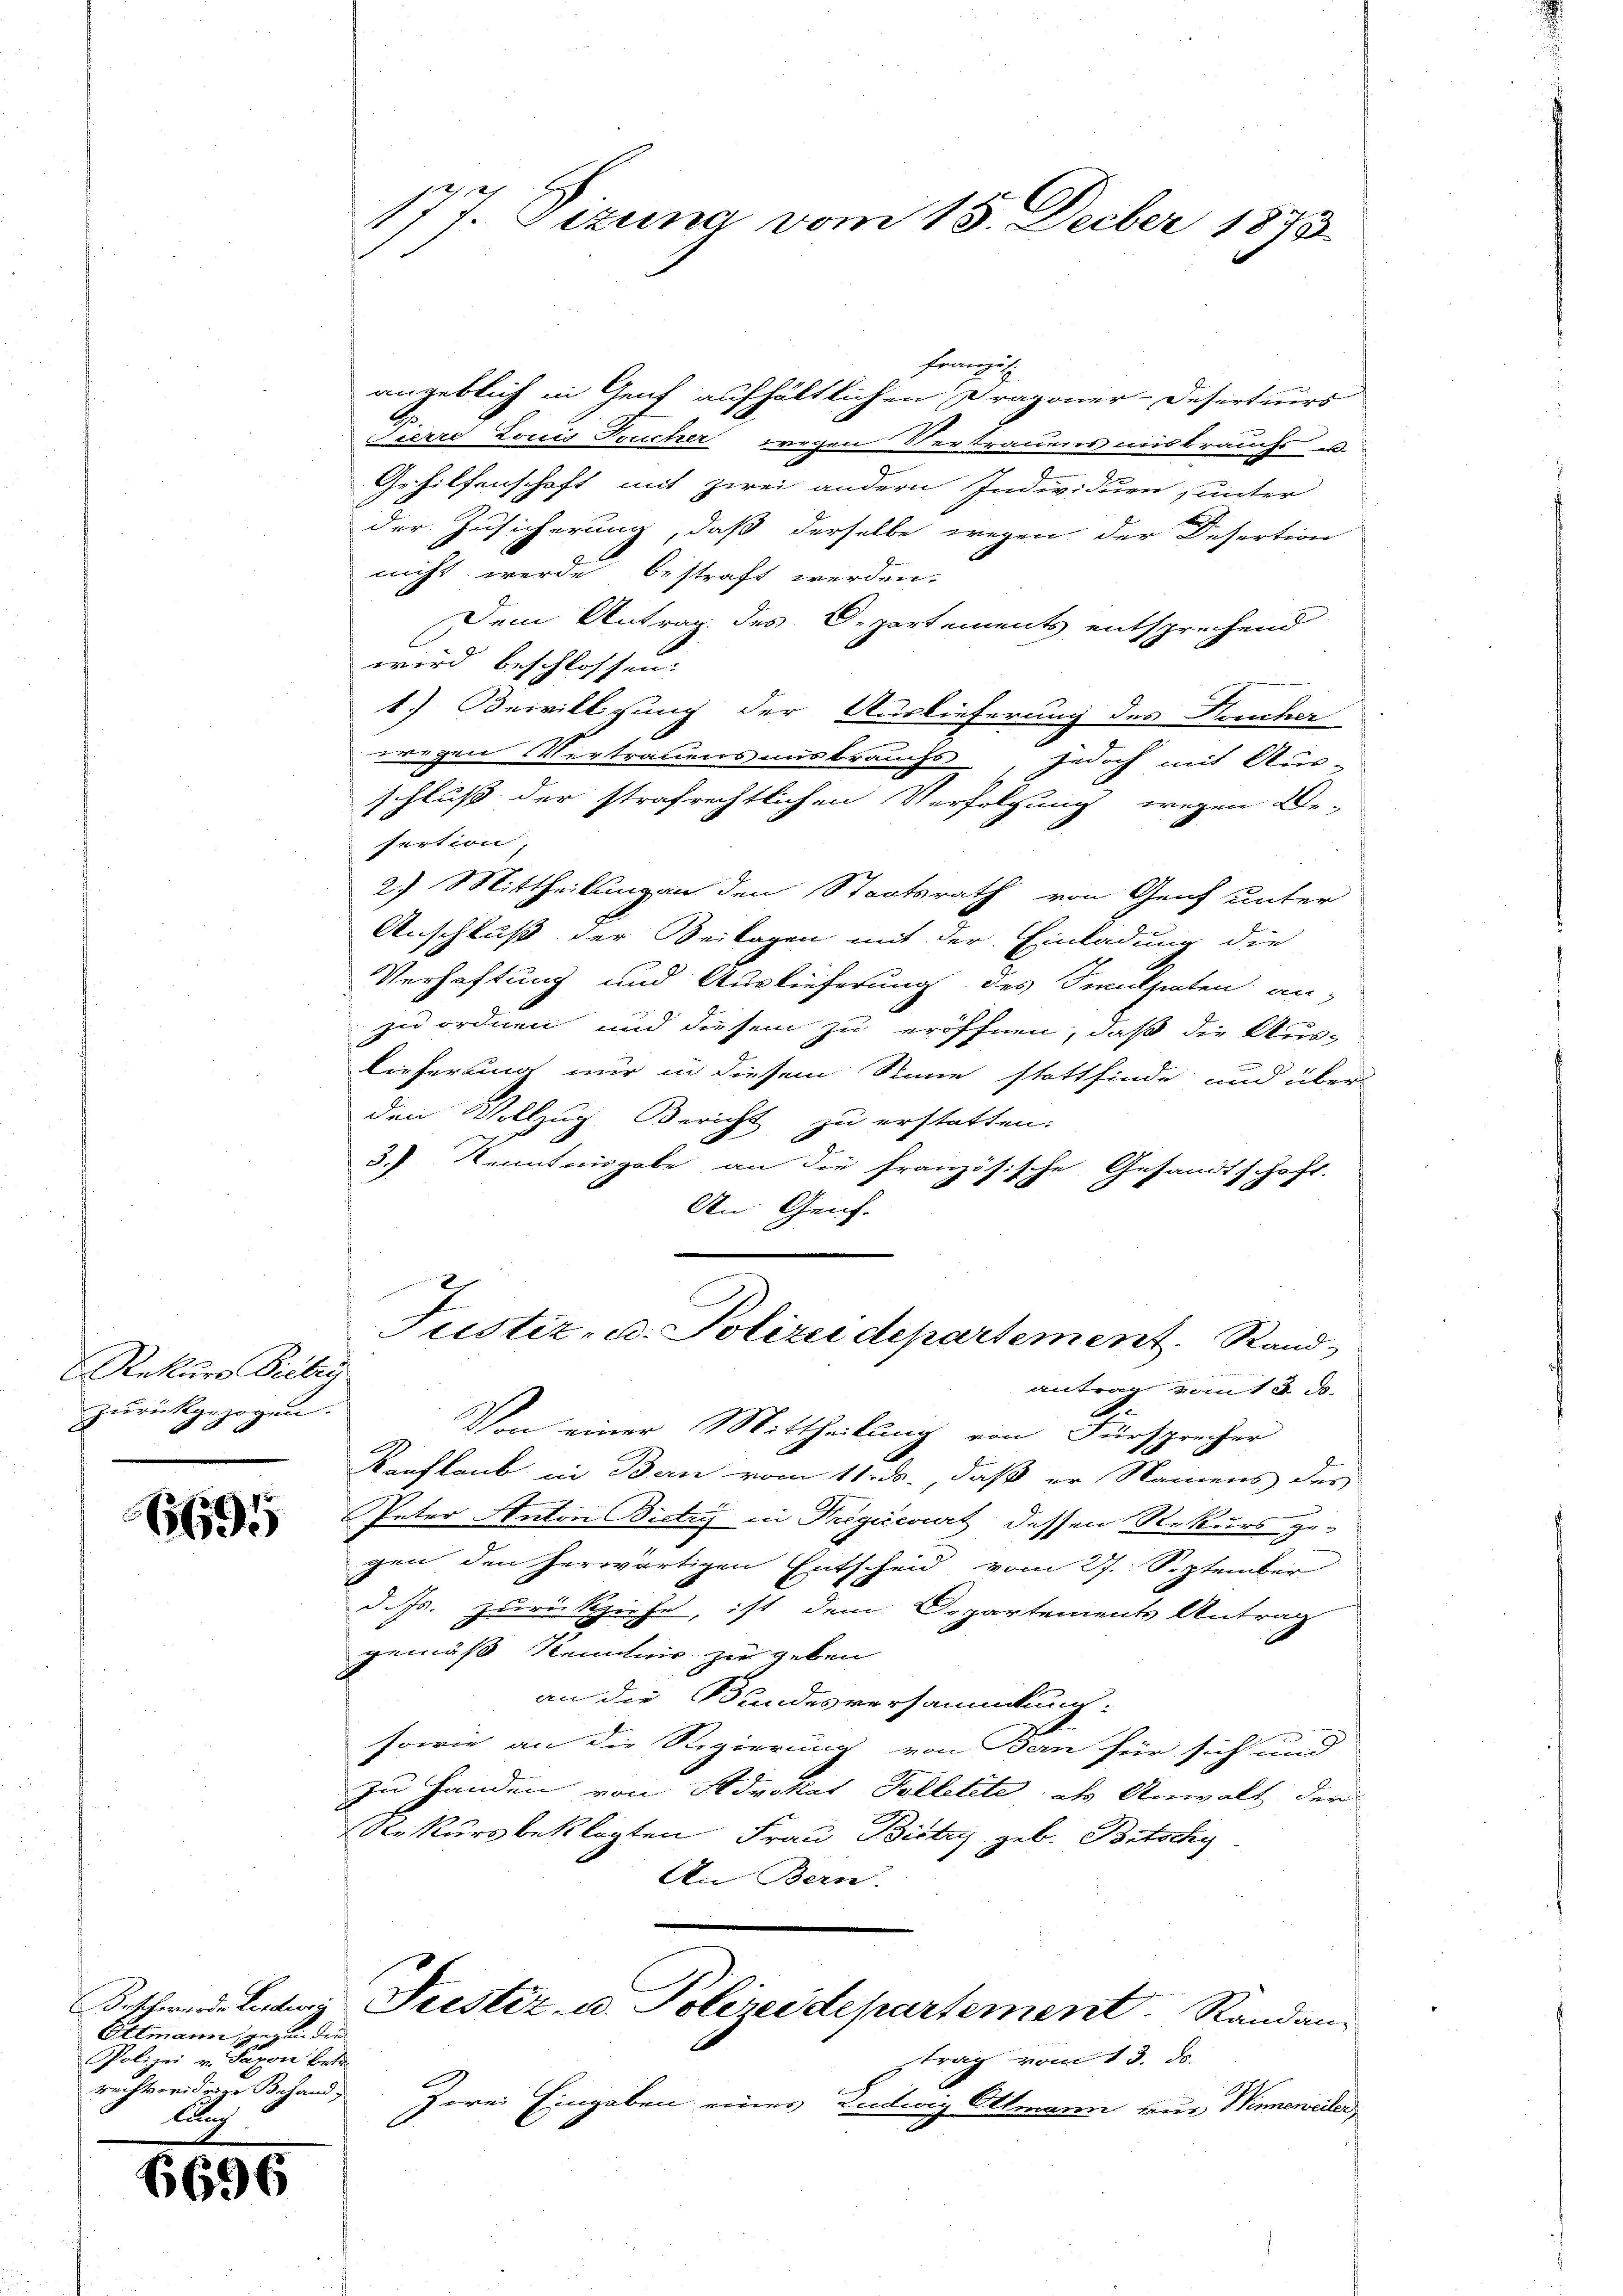
Rekurs Siebei
zurückgezogen.

1591

6696

177. Sizung vom 18. Decber 1873

Ettmann, gegen den
Polizei, Baron betr.
rachterideren Behand¬
Auch

Französ.
angeblich in Genf aufhältlichen Dragoner-Deserteurs
Sierre Louis Tucher wegen Vertrauens ausbrauchs u
.
Gehilfenschaft mit zwei andern Individuen unter
der Zusicherung, daß derselbe wegen der Desertion
nicht werde bestraft werden.
Dem Antrag des Departements entsprechend
wird beschlossen:
1) Bewilligung der Auslieferung des Frucher
wegen Vertrauensausbrauchs, jedoch mit Aus-
schluß der strafrechtlichen Verfolgung wegen Be-
fertion,
2) Mittheilung an den Staatsrath von Genf unter
Anschluß der Beilagen mit der Einladung die
Verhaftung und Auslieferung des Smutheten an-
zu ordnen und diesem zu eröffnen, daß die Aus-
lieferung nur in diesem Stimme stattfinde und über
den Vollzug Bericht zu erstatten.
3.) Kenntnisgabe an die französische Gesandtschaft.
An Genf.
Justiz- u. Polizei departement. Stand,
antrag vom 18. d.
Von einer Mittheilung von Fürsprecher
f
Kauflaub in Bern vom 11. ds., daß er Namens des
Peter Anton Bietry in Trigierart dessen Rekurs ge-
gen den herwärtigen Entscheid vom 27. September
d. Js. zurückziehe, ist dem Departements Antrag
gemäß Kenntnis zu geben
an die Bundesversammlung:
sowie an die Regierung von Bern für sich und
zu Handen von Advokat Pelletete als Anwalt der
Rekursbeklagten Frau Bistus geb. Betschy
An Bern.
Beschwerde Leder Fristiz- u. Polizeidepartement. Randantrag vom 13. ds.
Zwei Eingaben eines Ludwig Ottmann aus Winneweder